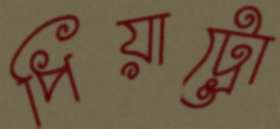
পিয়াট্রো